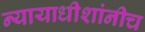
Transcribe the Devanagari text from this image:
न्यायाधीशांनीच